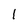
Character: 1